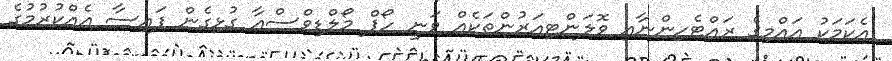
އެކަމަކު އައްމިގެ ރައްޓެހިންނާއި ވޮލަންޓިއަރުންތަކެއް ވަނީ ހޯޕް މޯލްޑިވްސްއާ ގުޅިގެން ފައިސާ އެއްކުރުމުގެ